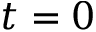
t = 0